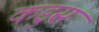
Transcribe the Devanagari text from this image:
कडुस